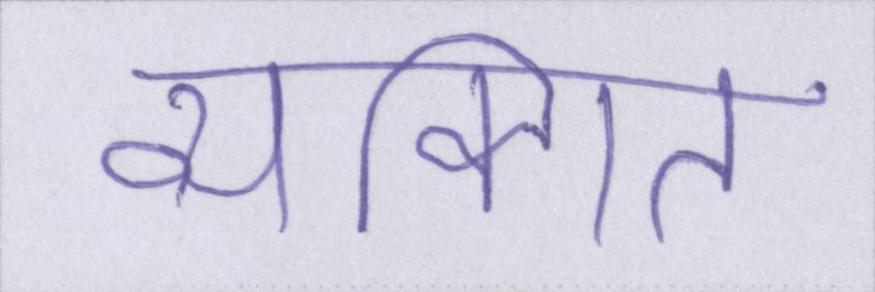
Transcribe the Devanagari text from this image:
व्यक्गित